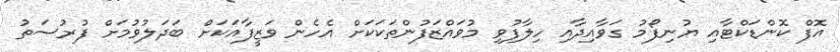
އޮފް ކޮންޑަކްޓާއި ޔުނިފޯމު ގަވާއިދާއި ހިލާފުވި މުވައްޒަފުންތަކަކަށް އެހެން ވަޒީފާއަކަށް ބަދަލުވުމަށް ފުރުސަތު